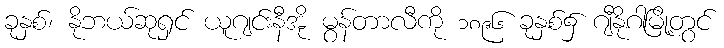
ခုနှစ်၊ နိုဘယ်ဆုရှင် ယူဂျင်းနီအို မွန်တာလီကို ၁၈၉၆ ခုနှစ်၌ ဂျီနိုဂါမြို့တွင်